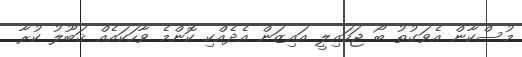
މުސްކާން އެވަގުތު ބޯ ޖަހައިލީ އައިޒަން އެދެއްކި ކޮންމެ ވާހަކައެއް ޤަބޫލު ކުރާ